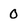
Character: 0